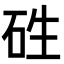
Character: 𥑥